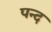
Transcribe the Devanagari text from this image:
पन्द